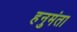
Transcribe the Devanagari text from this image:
हनुमंता